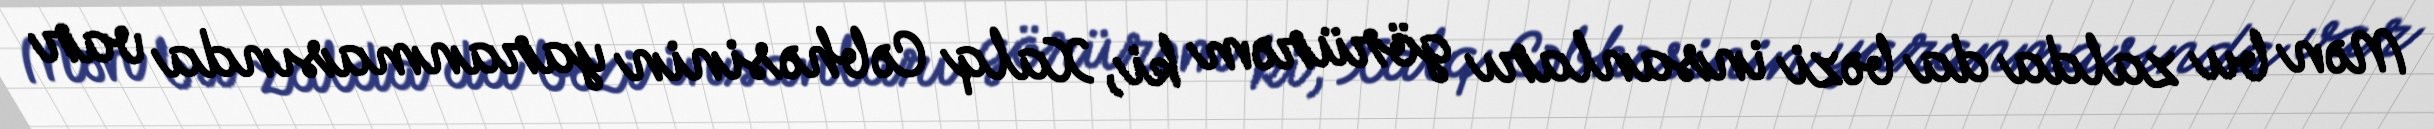
Mən bu zalda da bəzi insanları görürəm ki, Xalq Cəbhəsinin yaranmasında var